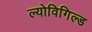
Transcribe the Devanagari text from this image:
ल्योविगिल्ड